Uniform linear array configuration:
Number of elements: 4
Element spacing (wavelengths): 0.75
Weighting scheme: binomial
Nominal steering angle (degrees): -60
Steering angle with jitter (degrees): -58.062
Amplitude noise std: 0.05
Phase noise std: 0.05

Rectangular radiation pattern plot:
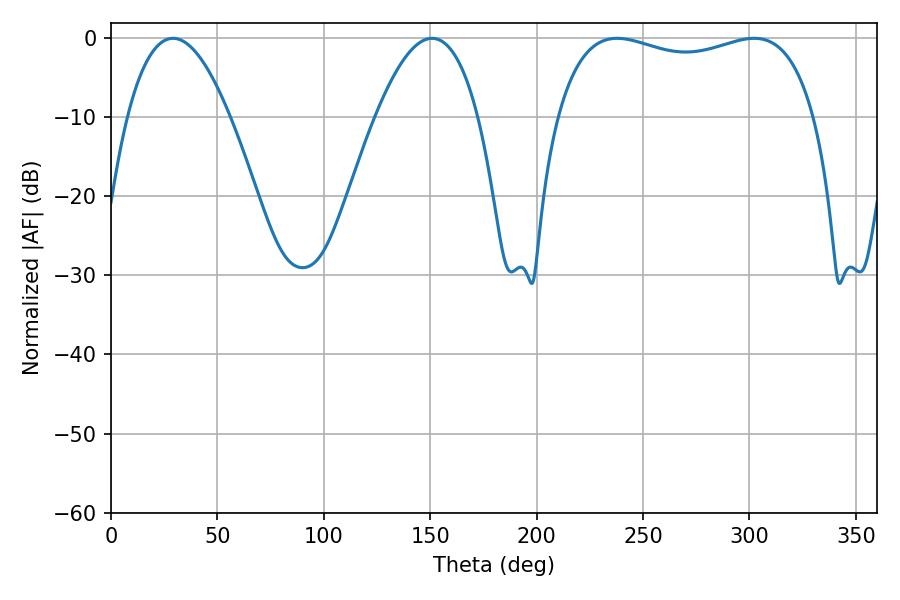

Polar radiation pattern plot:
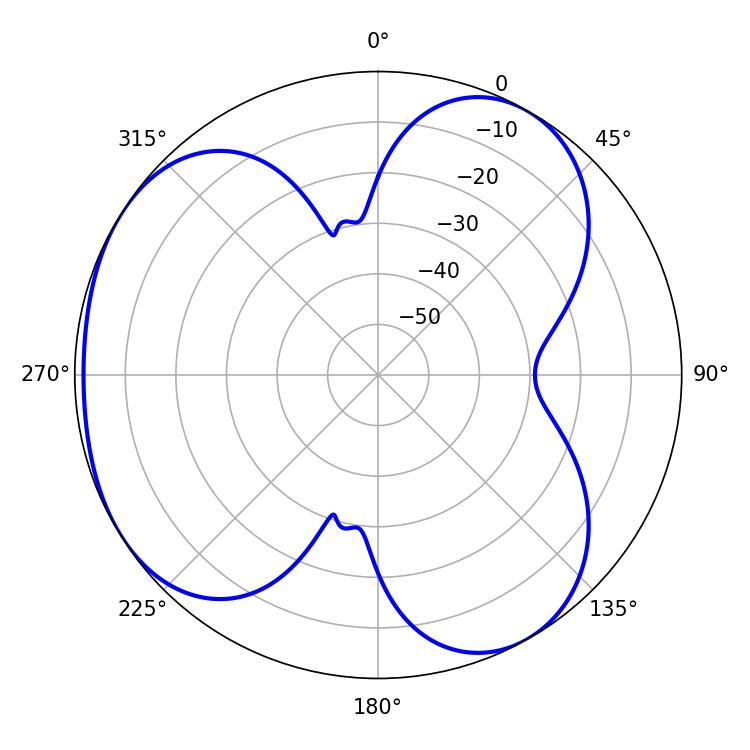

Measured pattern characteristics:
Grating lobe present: TRUE
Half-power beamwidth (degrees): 26.46
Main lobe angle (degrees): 29.16